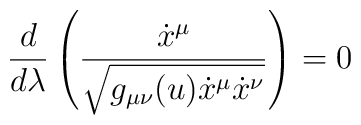
\frac{d}{d\lambda} \left( \frac{\dot{x}^\mu}{\sqrt{g_{\mu\nu}(u) \dot{x}^\mu \dot{x}^\nu}} \right) = 0